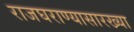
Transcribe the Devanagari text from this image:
राजघराण्यासारख्या